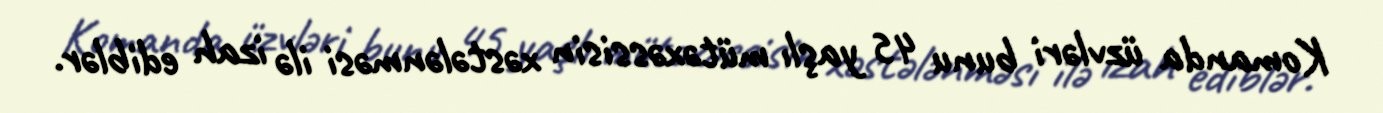
Komanda üzvləri bunu 45 yaşlı mütəxəssisin xəstələnməsi ilə izah ediblər.